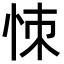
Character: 𢙀